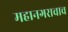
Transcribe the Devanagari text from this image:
महानगराचाच